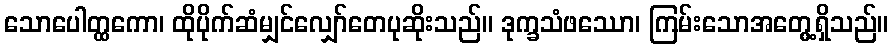
သောပေါတ္ထကော၊ ထိုပိုက်ဆံမျှင်လျှော်တေပုဆိုးသည်။ ဒုက္ခသံဖဿော၊ ကြမ်းသောအတွေ့ရှိသည်။